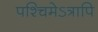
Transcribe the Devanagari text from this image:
पश्चिमेऽत्रापि